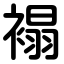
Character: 褟